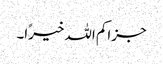
جزاکم اللہ خیرًا۔